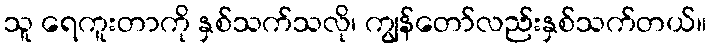
သူ ရေကူးတာကို နှစ်သက်သလို၊ ကျွန်တော်လည်းနှစ်သက်တယ်။